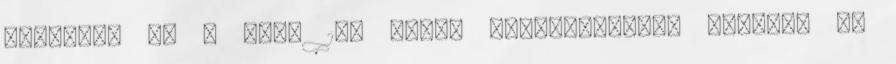
keletre, az L 9-et 160 km-re Sunderlandtől keletre és